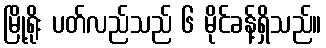
မြို့ရိုး ပတ်လည်သည် ၆ မိုင်ခန့်ရှိသည်။